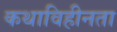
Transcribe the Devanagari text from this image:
कथाविहीनता